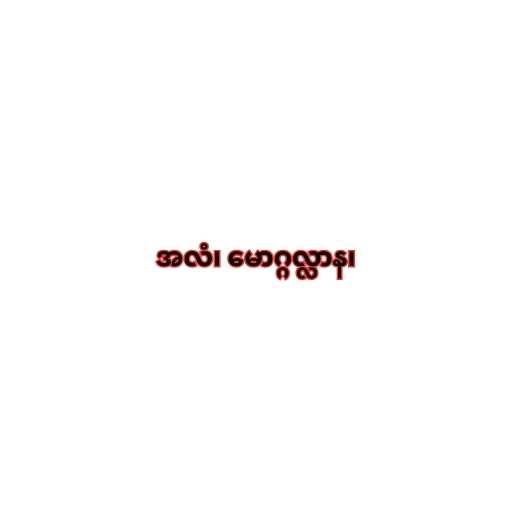
အလံ၊ မောဂ္ဂလ္လာန၊